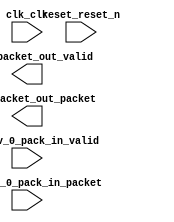

module nios2 (
	acc_0_packet_out_packet,
	acc_0_packet_out_valid,
	acc_recv_0_pack_in_packet,
	acc_recv_0_pack_in_valid,
	clk_clk,
	reset_reset_n);	

	output	[127:0]	acc_0_packet_out_packet;
	output		acc_0_packet_out_valid;
	input	[127:0]	acc_recv_0_pack_in_packet;
	input		acc_recv_0_pack_in_valid;
	input		clk_clk;
	input		reset_reset_n;
endmodule